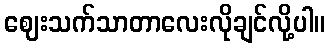
ဈေးသက်သာတာလေးလိုချင်လို့ပါ။